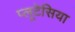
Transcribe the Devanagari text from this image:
प्लूटेसिया